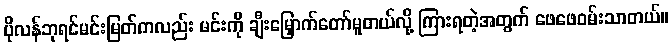
ပိုလန်ဘုရင်မင်းမြတ်ကလည်း မင်းကို ချီးမြှောက်တော်မူတယ်လို့ ကြားရတဲ့အတွက် ဖေဖေဝမ်းသာတယ်။